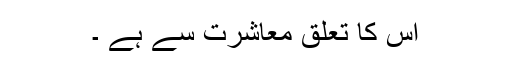
اس کا تعلق معاشرت سے ہے ۔